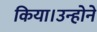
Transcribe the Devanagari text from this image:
किया।उन्होने